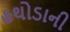
હથોડાની